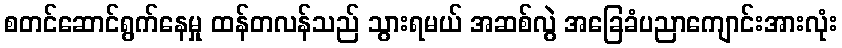
စတင်ဆောင်ရွက်နေမှု ထန်တလန်သည် သွားရမယ် အဆစ်လွဲ အခြေခံပညာကျောင်းအားလုံး